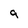
Character: 9